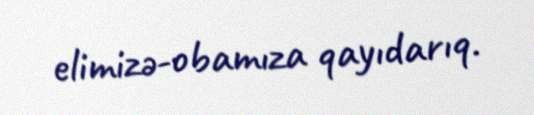
elimizə-obamıza qayıdarıq.